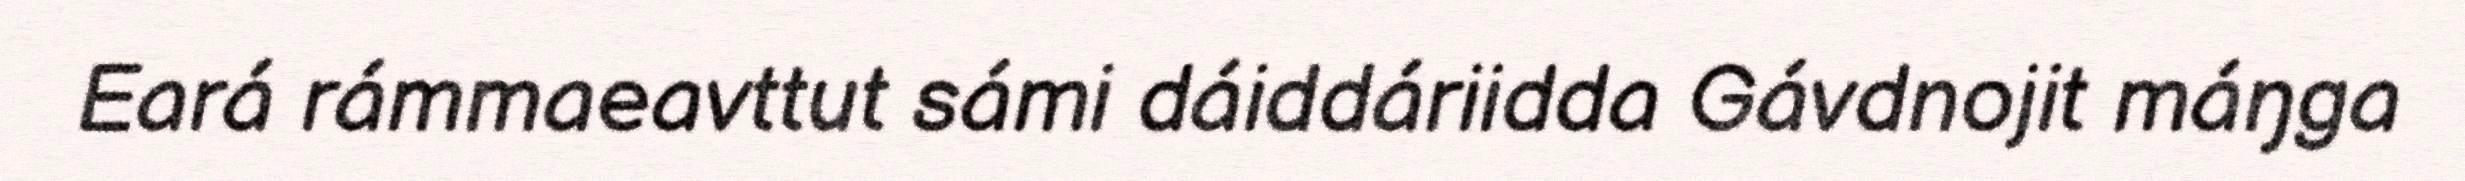
Eará rámmaeavttut sámi dáiddáriidda Gávdnojit máŋga